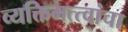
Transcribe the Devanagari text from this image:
व्यक्तिमत्त्वांचा